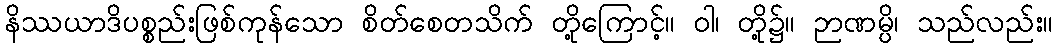
နိဿယာဒိပစ္စည်းဖြစ်ကုန်သော စိတ်စေတသိက် တို့ကြောင့်။ ဝါ၊ တို့၌။ ဉာဏမ္ပိ၊ သည်လည်း။